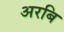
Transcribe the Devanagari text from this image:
अरबि